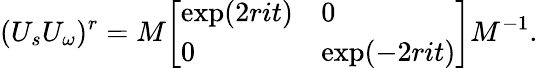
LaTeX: (U_{s}U_{\omega})^{r}=M{\left[\begin{array}{ll}{\exp(2rit)}&{0}\\ {0}&{\exp(-2rit)}\end{array}\right]}M^{-1}.